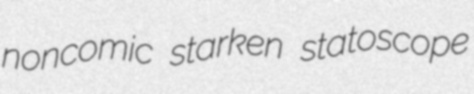
noncomic starken statoscope